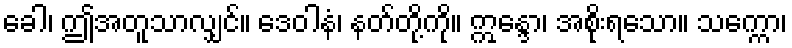
ခေါ၊ ဤအတူသာလျှင်။ ဒေဝါနံ၊ နတ်တို့ကို။ ဣန္ဒော၊ အစိုးရသော။ သက္ကော၊